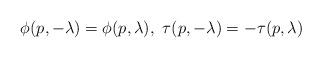
LaTeX: \begin{align*}\phi(p,-\lambda)=\phi(p,\lambda), \,\,\tau(p,-\lambda)=-\tau(p,\lambda)\end{align*}